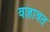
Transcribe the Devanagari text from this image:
वाहावत